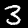
Digit: 3